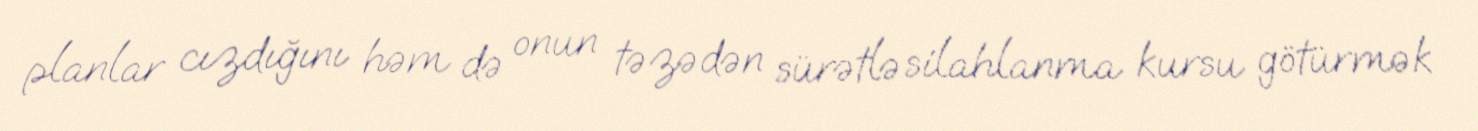
planlar cızdığını həm də onun təzədən sürətlə silahlanma kursu götürmək